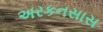
અરકનસાસ